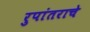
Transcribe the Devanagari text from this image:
रुपांतराचे